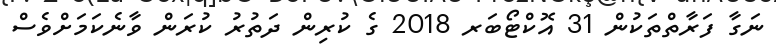
ނަގާ ފަރާތްތަކުން 31 އޮކްޓޯބަރ 2018 ގެ ކުރިން ދަތުރު ކުރަން ވާނެކަމަށްވެސް